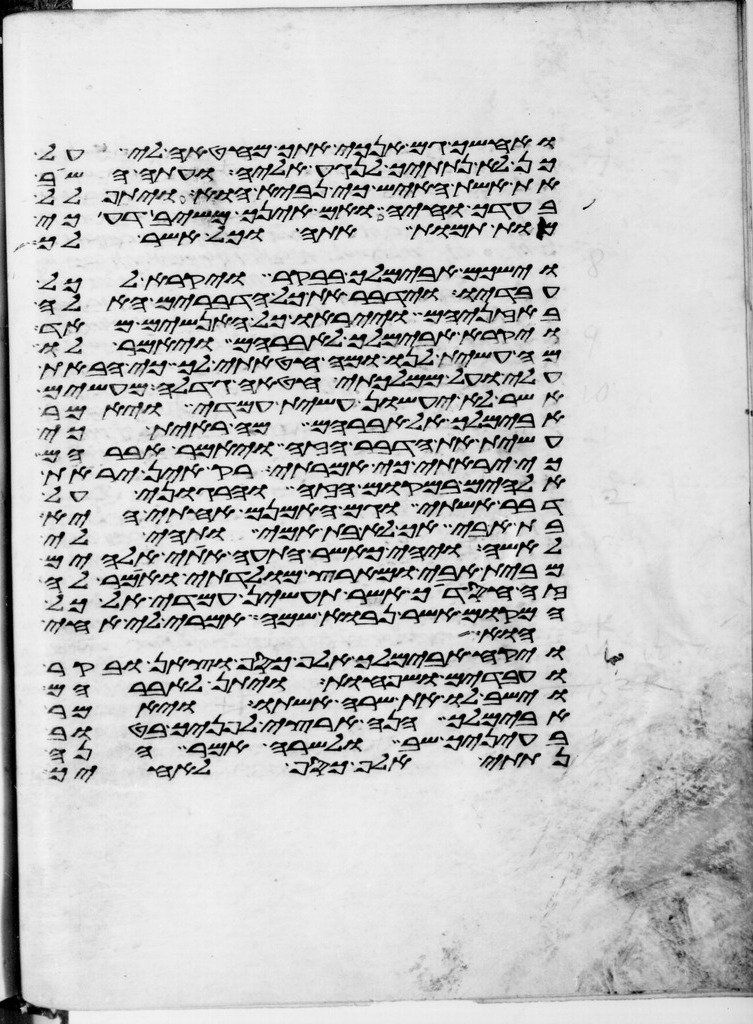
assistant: ואחשך גם אנכי אתך מחטאה לי על
כן לא נתתיך לנגע אליה ועתה השב
את אשת האיש כי נביא הוא ויתפלל
בעדך וחיה ואם אינך משיב דע כי
מות תמות אתה וכל אשר לך
וישכם אבימלך בבקר ויקרא לכל
עבדיו וידבר את כל הדברים האלה
באזניהם וייראו כל האנשים מאד
ויקרא אבימלך לאברהם ויאמר לו
מה עשית לנו ומה חטאתי לך כי הבאת
עלי ועל ממלכתי חטאה גדלה מעשים
אשר לא יעשון עשית עמדי ויאמר
אבימלך אל אברהם מה ראית כי
עשית את הדבר הזה ויאמר אברהם
כי יראתי כי אמרתי רק אין יראת
אלהים במקום הזה והרגוני על
דבר אשתי וגם האמנם אחותי היא
בת אבי אך לא בת אמי ותהי לי
לאשה ויהי כאשר התעה אתי אלהים
מבית אבי ומארץ מולדתי ואמר לה
זה חסדיך אשר תעשין עמדי אל כל
המקום אשר נבוא שמה אמרי לי אחי
הוא
ויקח אבימלך אלף כסף וצאן ובקר
ועבדים ושפחות ויתן לאברהם
וישב לו את שרה אשתו ויאמר
אבימלך הנה ארצי לפניך בטוב
בעיניך שב ולשרה אמר הנה
נתתי אלף כסף לאחיך